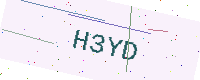
Text: H3YD